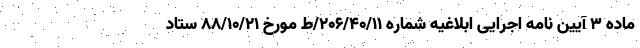
ماده ۳ آیین نامه اجرایی ابلاغیه شماره ۲۰۶/۴۰/۱۱/ط مورخ ۸۸/۱۰/۲۱ ستاد